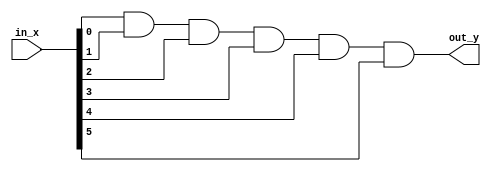
module MyAND6 (in_x, out_y);
	input [5:0] in_x;
	output out_y;

	assign out_y = in_x[0] & in_x[1] & in_x[2] & in_x[3] & in_x[4] & in_x[5];

endmodule